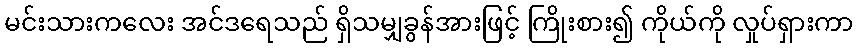
မင်းသားကလေး အင်ဒရေသည် ရှိသမျှခွန်အားဖြင့် ကြိုးစား၍ ကိုယ်ကို လှုပ်ရှားကာ